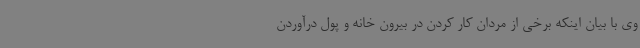
وی با بیان اینکه برخی از مردان کار کردن در بیرون خانه و پول درآوردن